Madras plague regulations in force outside the Presidency town - Volume 6
Disease focus: Plague
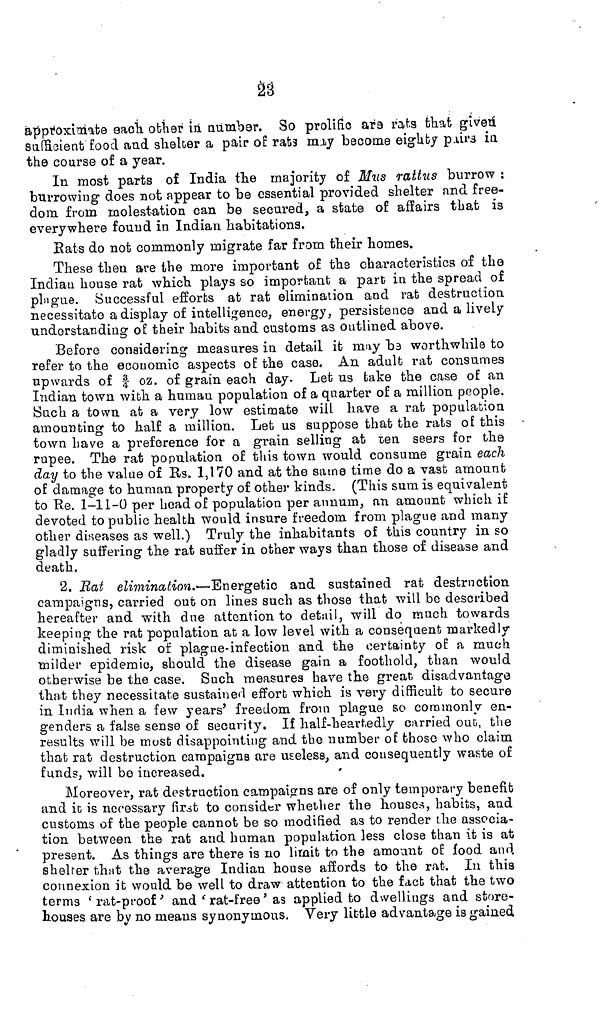
23
approximate each other in number. So prolific ara rats that given
sufficient food and shelter a pair of rats may become eighty pairs in
the course of a year.
In most parts of India the majority of Mus rattus burrow :
burrowing does not appear to be essential provided shelter and free-
dom from molestation can be secured, a state of affairs that is
everywhere found in Indian habitations.
Rats do not commonly migrate far from their homes.
These then are the more important of the characteristics of the
Indian house rat which plays so important a part in the spread of
plague. Successful efforts at rat elimination and rat destruction
necessitate a display of intelligence, energy, persistence and a lively
understanding of their habits and customs as outlined above.
Before considering measures in detail it may be worthwhile to
refer to the economic aspects of the case. An adult rat consumes
upwards of f oz. of grain each day. Let us take the case of an
Indian town with a human population of a quarter of a million people,
Such a town at a very low estimate will have a rat population
amounting to half a million. Let us suppose that the rats of this
town have a preference for a grain selling at ten seers for the
rupee. The rat population of this town would consume grain each
day to the value of Rs. 1,170 and at the same time do a vast amount
of damage to human property of other kinds. (This sum is equivalent
to Re. 1-11-0 per head of population per annum, an amount which if
devoted to public health would insure freedom from plague and many
other diseases as well.) Truly the inhabitants of this country in so
gladly suffering the rat suffer in other ways than those of disease and
death.
2. Rat elimination.—Energetic and sustained rat destruction
campaigns, carried out on lines such as those that will be described
hereafter and with due attention to detail, will do much towards
keeping the rat population at a low level with a consequent markedly-
diminished risk of plague-infection and the certainty of a much
milder epidemic, should the disease gain a foothold, than would
otherwise be the case. Such measures have the great, disadvantage
that they necessitate sustained effort which is very difficult to secure
in India when a few years' freedom from plague so commonly en-
genders a false sense of security. If half-heartedly carried out, the
results will be most disappointing and the number of those who claim
that rat destruction campaigns are useless, and consequently waste of
funds, will bo increased.
Moreover, rat destruction campaigns are of only temporary benefit
and it is necessary first to consider whether the houses, habits, and
customs of the people cannot be so modified as to render the associa-
tion between the rat and human population less close than it is at
present. As things are there is no limit to the amount of food and
shelter that the average Indian house affords to the rat. In this
connexion it would be well to draw attention to the fact that the two
terms 'rat-proof' and 'rat-free' as applied to dwellings and store-
houses are by no means synonymous. Very little advantage is gained